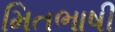
મિતભાષી